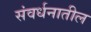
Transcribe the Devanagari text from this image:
संवर्धनातील